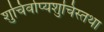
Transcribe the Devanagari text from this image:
शुचिर्वाप्यशुचिस्तथा